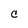
Character: C